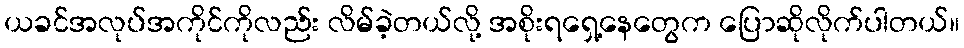
ယခင်အလုပ်အကိုင်ကိုလည်း လိမ်ခဲ့တယ်လို့ အစိုးရရှေ့နေတွေက ပြောဆိုလိုက်ပါတယ်။